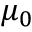
\mu _ { 0 }